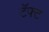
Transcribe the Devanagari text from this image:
टॅफ्ट